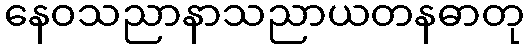
နေဝသညာနာသညာယတနဓာတု